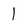
Character: l